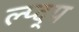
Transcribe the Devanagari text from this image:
ल्प्द्प